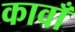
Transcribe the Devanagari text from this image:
कावाँ